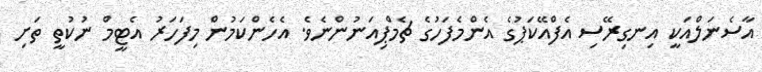
އާސެނަލްއަކީ އިނގިރޭސި އެފްއޭކަޕުގެ އެންމެފަހުގެ ޗެމްޕިއަނުންނެވެ. އެހެންކަމުން މިފަހަރު އެޓީމް ނުކުތީ ތަށި